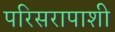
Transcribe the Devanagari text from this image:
परिसरापाशी